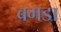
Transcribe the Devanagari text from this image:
बगडा